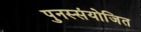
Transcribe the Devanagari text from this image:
पुनस्संयोजित